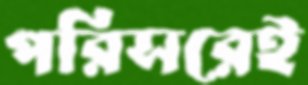
পরিসরেই